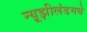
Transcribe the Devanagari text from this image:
न्यूझीलंडमधे